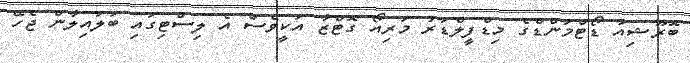
ބޮރޫޝިއާ ޑޯޓްމަންޑްގެ މިޑްފީލްޑަރު މަރިއޯ ގޮޓްޒާ އަކީވެސް އެ ލިސްޓިގައި ބަލައިލާން ޖެހޭ